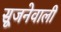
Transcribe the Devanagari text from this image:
सूजनेवाली